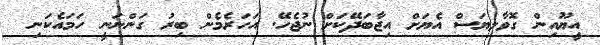
އީޔޫއިން ގޮވާލިޔަސް އެޔަށް އިޖާބަދޭކަށް ނުޖެހޭ. އަހަރެމެން ބިރު ގަންނަނީ ހަމައެކަނި